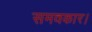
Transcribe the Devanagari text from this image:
समवकार।